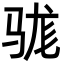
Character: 𮪡